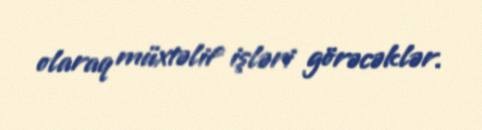
olaraq müxtəlif işləri görəcəklər.